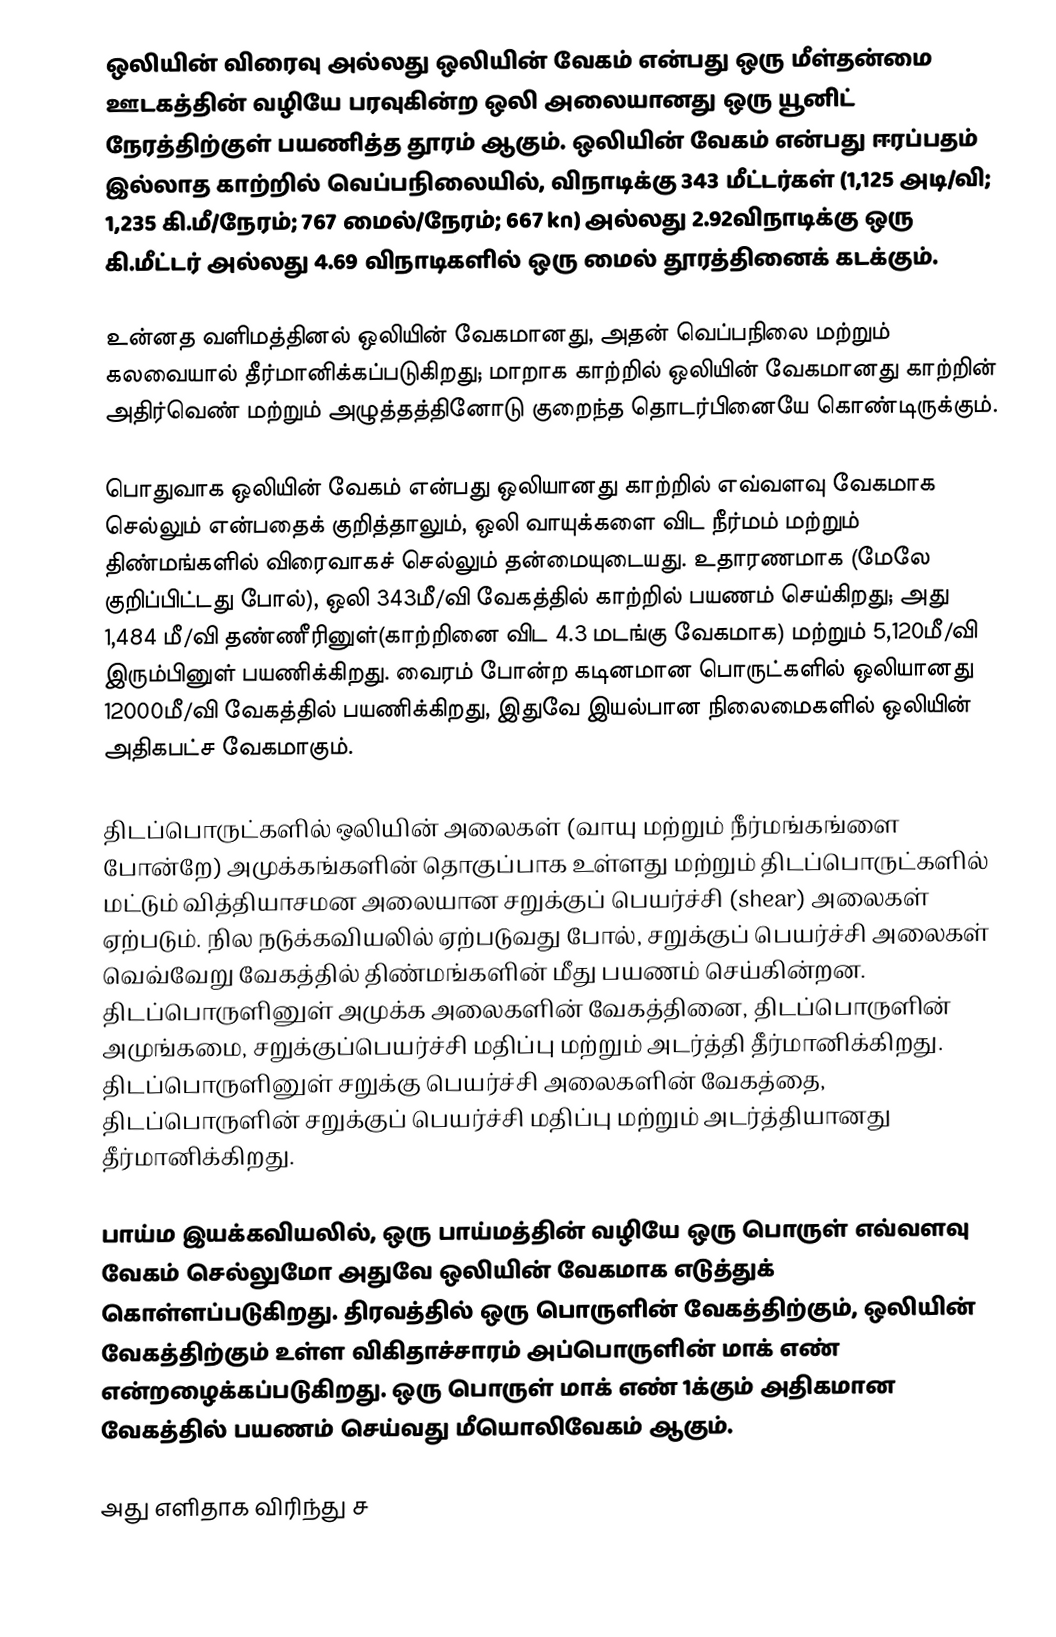
ஒலியின் விரைவு அல்லது ஒலியின் வேகம் என்பது ஒரு மீள்தன்மை ஊடகத்தின் வழியே பரவுகின்ற ஒலி அலையானது ஒரு யூனிட் நேரத்திற்குள் பயணித்த தூரம் ஆகும். ஒலியின் வேகம் என்பது ஈரப்பதம் இல்லாத காற்றில்  வெப்பநிலையில், விநாடிக்கு 343 மீட்டர்கள் (1,125 அடி/வி; 1,235 கி.மீ/நேரம்; 767 மைல்/நேரம்; 667 kn) அல்லது  2.92விநாடிக்கு ஒரு கி.மீட்டர் அல்லது 4.69 விநாடிகளில் ஒரு மைல் தூரத்தினைக்  கடக்கும்.

உன்னத வளிமத்தினல் ஒலியின் வேகமானது, அதன் வெப்பநிலை மற்றும் கலவையால் தீர்மானிக்கப்படுகிறது; மாறாக காற்றில் ஒலியின் வேகமானது காற்றின் அதிர்வெண் மற்றும் அழுத்தத்தினோடு குறைந்த தொடர்பினையே கொண்டிருக்கும்.

பொதுவாக ஒலியின் வேகம் என்பது ஒலியானது காற்றில் எவ்வளவு வேகமாக செல்லும் என்பதைக் குறித்தாலும், ஒலி வாயுக்களை விட நீர்மம் மற்றும் திண்மங்களில் விரைவாகச் செல்லும் தன்மையுடையது.  உதாரணமாக (மேலே குறிப்பிட்டது போல்), ஒலி 343மீ/வி வேகத்தில் காற்றில் பயணம் செய்கிறது; அது 1,484 மீ/வி தண்ணீரினுள்(காற்றினை விட 4.3 மடங்கு வேகமாக) மற்றும் 5,120மீ/வி இரும்பினுள் பயணிக்கிறது.  வைரம் போன்ற கடினமான பொருட்களில் ஒலியானது 12000மீ/வி வேகத்தில் பயணிக்கிறது, இதுவே இயல்பான நிலைமைகளில் ஒலியின் அதிகபட்ச வேகமாகும்.

திடப்பொருட்களில் ஒலியின் அலைகள் (வாயு மற்றும் நீர்மங்கங்ளை போன்றே) அமுக்கங்களின் தொகுப்பாக உள்ளது மற்றும் திடப்பொருட்களில் மட்டும் வித்தியாசமன அலையான சறுக்குப் பெயர்ச்சி (shear) அலைகள் ஏற்படும். நில நடுக்கவியலில் ஏற்படுவது போல், சறுக்குப் பெயர்ச்சி அலைகள் வெவ்வேறு வேகத்தில் திண்மங்களின் மீது பயணம் செய்கின்றன. திடப்பொருளினுள் அமுக்க அலைகளின் வேகத்தினை, திடப்பொருளின் அமுங்கமை, சறுக்குப்பெயர்ச்சி மதிப்பு மற்றும் அடர்த்தி தீர்மானிக்கிறது. திடப்பொருளினுள் சறுக்கு பெயர்ச்சி அலைகளின் வேகத்தை, திடப்பொருளின் சறுக்குப் பெயர்ச்சி மதிப்பு மற்றும் அடர்த்தியானது தீர்மானிக்கிறது.

பாய்ம இயக்கவியலில், ஒரு பாய்மத்தின் வழியே ஒரு பொருள் எவ்வளவு வேகம் செல்லுமோ அதுவே ஒலியின் வேகமாக எடுத்துக் கொள்ளப்படுகிறது. திரவத்தில் ஒரு பொருளின் வேகத்திற்கும், ஒலியின் வேகத்திற்கும் உள்ள விகிதாச்சாரம் அப்பொருளின் மாக் எண் என்றழைக்கப்படுகிறது. ஒரு பொருள் மாக் எண் 1க்கும் அதிகமான வேகத்தில் பயணம் செய்வது மீயொலிவேகம் ஆகும்.

அது எளிதாக விரிந்து ச